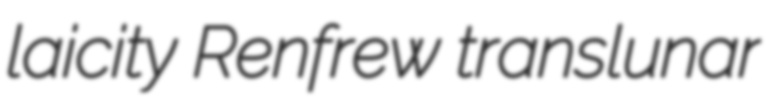
laicity Renfrew translunar